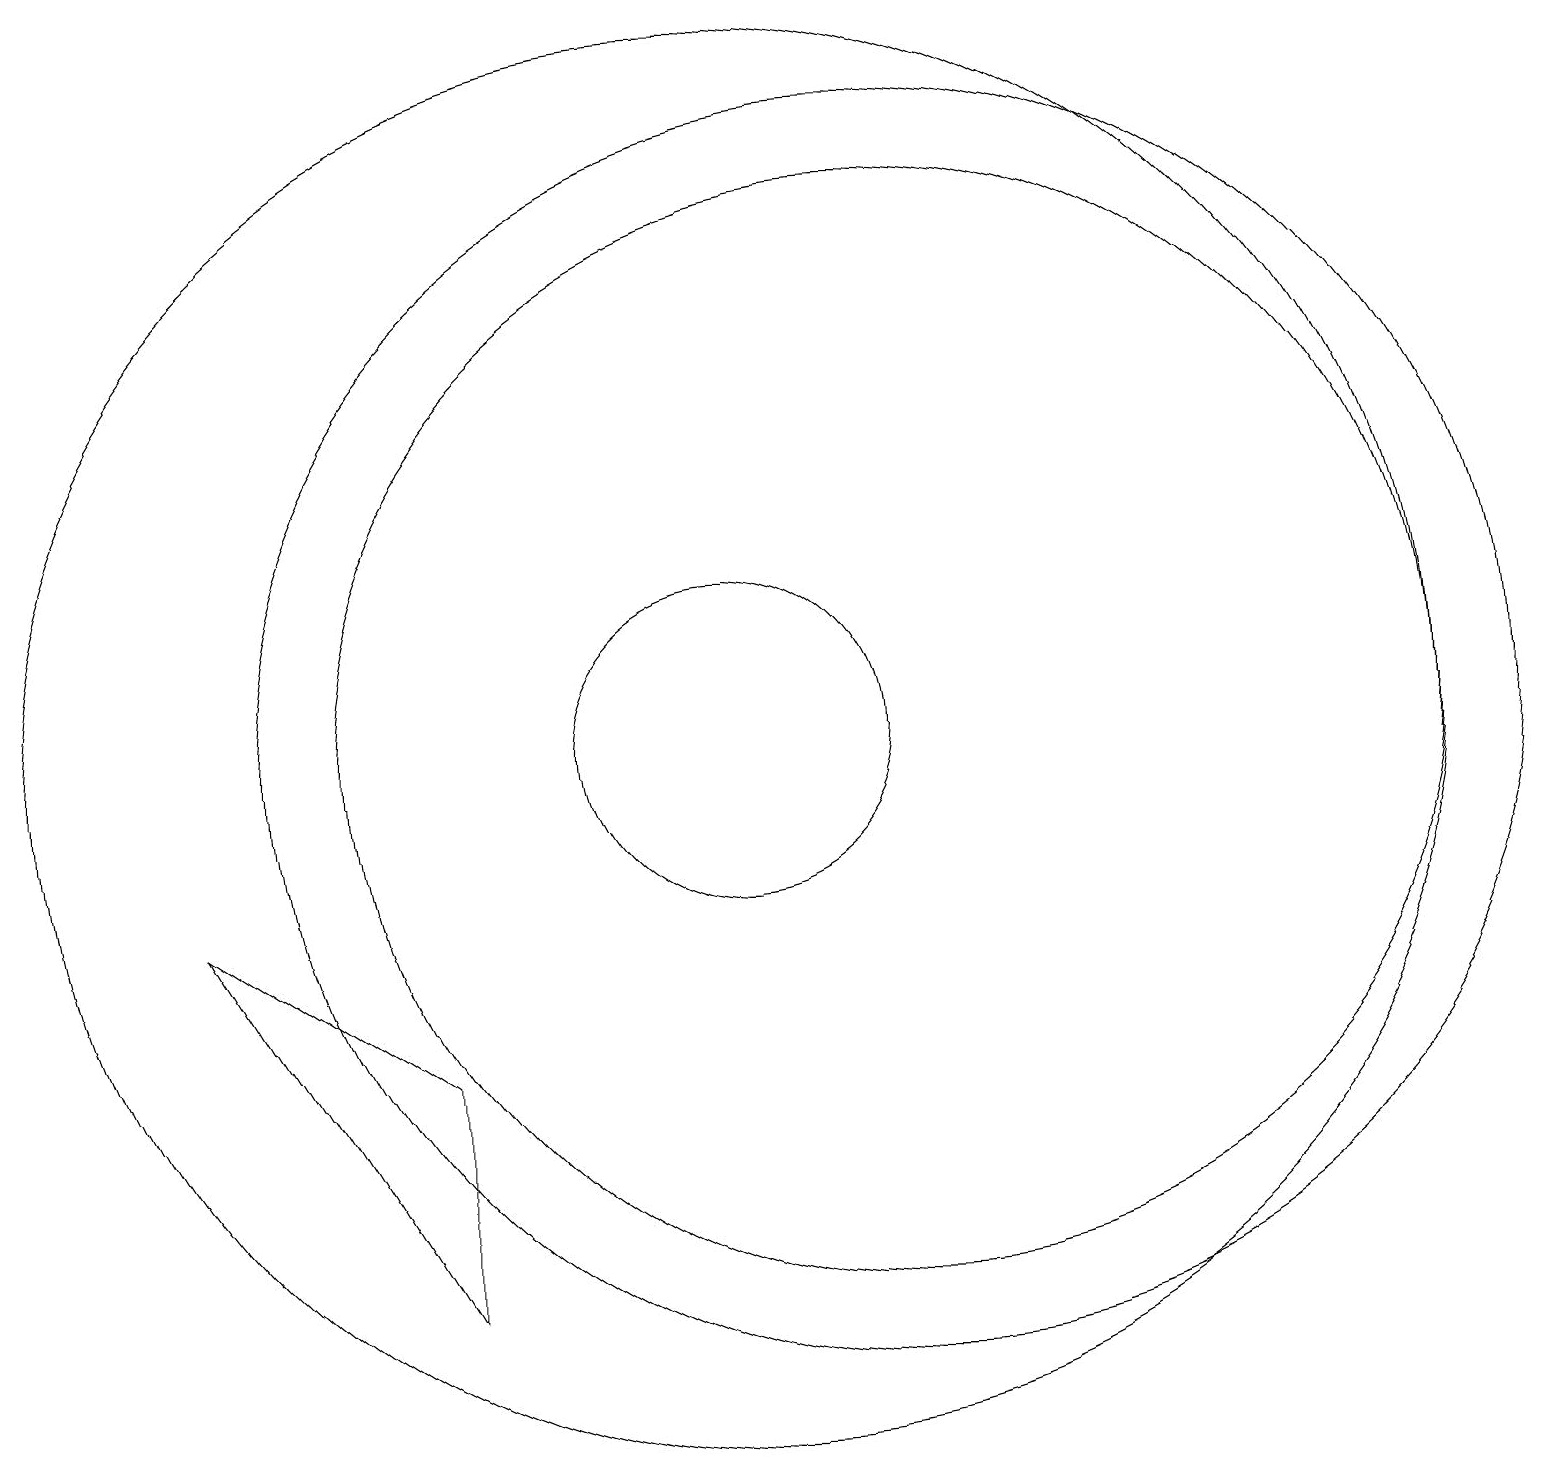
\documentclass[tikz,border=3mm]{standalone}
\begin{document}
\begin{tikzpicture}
\draw (10,11) circle (2);
\draw (10,11) circle (9);
\draw (12,11) circle (7);
\draw (6,4) -- (6,7) -- (3,9) -- cycle;
\draw (12,11) circle (8);
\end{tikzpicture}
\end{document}